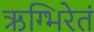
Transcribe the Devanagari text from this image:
ऋग्भिरेतं